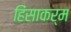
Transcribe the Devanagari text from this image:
हिंसाकर्म